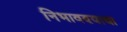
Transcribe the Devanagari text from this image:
निभावण्याचा